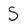
Character: S